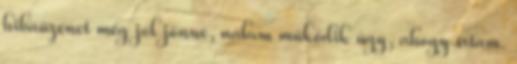
hibaüzenet még jól jönne, nálam működik úgy, ahogy írtam.